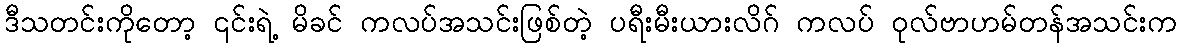
ဒီသတင်းကိုတော့ ၎င်းရဲ့ မိခင် ကလပ်အသင်းဖြစ်တဲ့ ပရီးမီးယားလိဂ် ကလပ် ဝုလ်ဗာဟမ်တန်အသင်းက